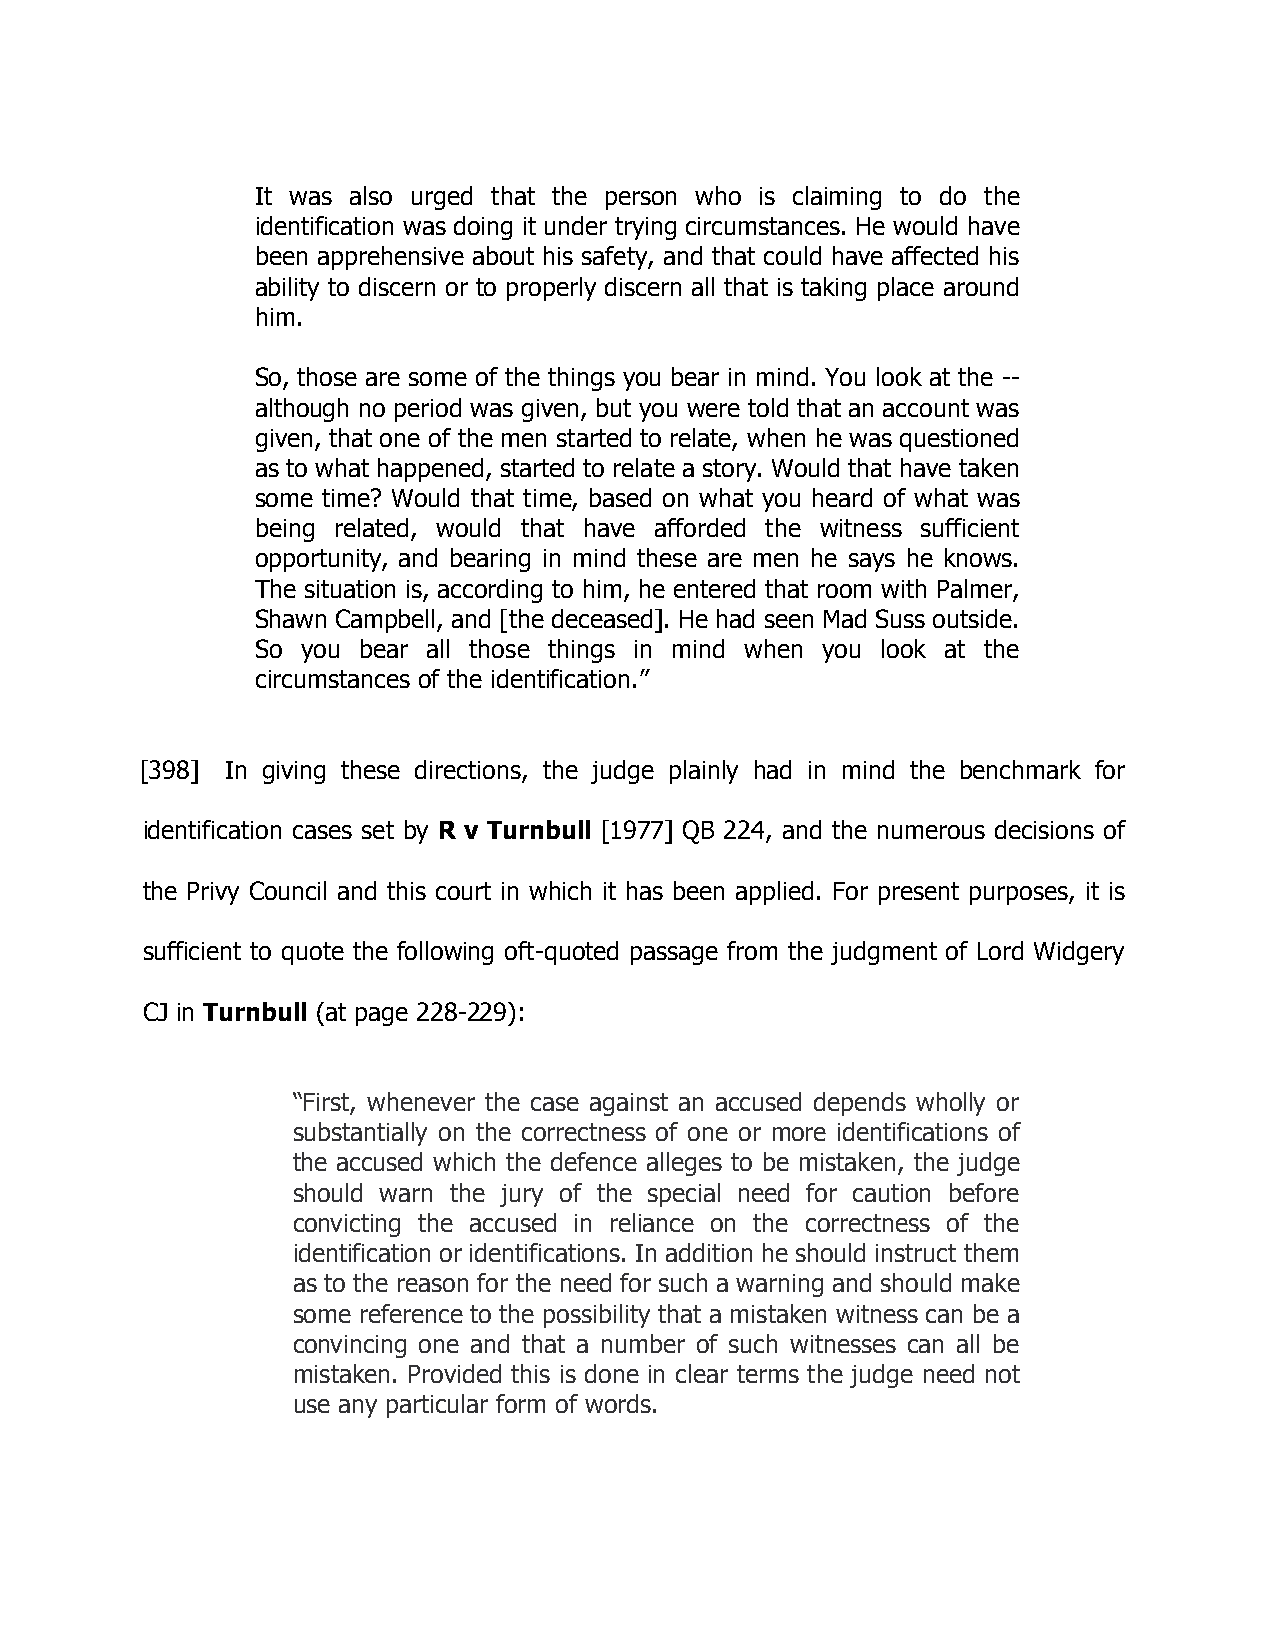
It was also urged that the person who is claiming to do the
 identification was doing it under trying circumstances. He would have
 been apprehensive about his safety, and that could have affected his
 ability to discern or to properly discern all that is taking place around
 him.
 So, those are some of the things you bear in mind. You look at the --
 although no period was given, but you were told that an account was
 given, that one of the men started to relate, when he was questioned
 as to what happened, started to relate a story. Would that have taken
 some time? Would that time, based on what you heard of what was
 being related, would that have afforded the witness sufficient
 opportunity, and bearing in mind these are men he says he knows.
 The situation is, according to him, he entered that room with Palmer,
 Shawn Campbell, and [the deceased]. He had seen Mad Suss outside.
 So you bear all those things in mind when you look at the
 circumstances of the identification.”
 [398] In giving these directions, the judge plainly had in mind the benchmark for
 identification cases set by R v Turnbull [1977] QB 224, and the numerous decisions of
 the Privy Council and this court in which it has been applied. For present purposes, it is
 sufficient to quote the following oft-quoted passage from the judgment of Lord Widgery
 CJ in Turnbull (at page 228-229):
 “First, whenever the case against an accused depends wholly or
 substantially on the correctness of one or more identifications of
 the accused which the defence alleges to be mistaken, the judge
 should warn the jury of the special need for caution before
 convicting the accused in reliance on the correctness of the
 identification or identifications. In addition he should instruct them
 as to the reason for the need for such a warning and should make
 some reference to the possibility that a mistaken witness can be a
 convincing one and that a number of such witnesses can all be
 mistaken. Provided this is done in clear terms the judge need not
 use any particular form of words.